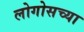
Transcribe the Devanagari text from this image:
लोगोसच्या